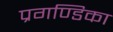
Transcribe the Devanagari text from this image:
प्रगण्डिका